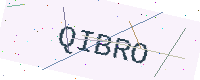
Text: QIBRO